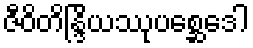
ဇီဝိတိန္ဒြိယဿုပစ္ဆေဒေါ